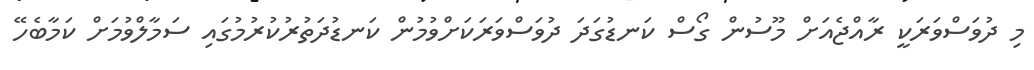
މި ދުވަސްވަރަކީ ރާއްޖެއަށް މޫސުން ގޯސް ކަނޑުގަދަ ދުވަސްވަރަކަށްވުމުން ކަނޑުދަތުރުކުރުމުގައި ސަމާލްވުމަށް ކަމާބެހޭ